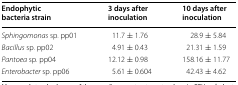
<table><thead><tr><td><b>Endophytic bacteria strain</b></td><td><b>3 days after inoculation</b></td><td><b>10 days after inoculation</b></td></tr></thead><tbody><tr><td><i>Sphingomonas</i> sp. pp01</td><td>11.7 ± 1.76</td><td>28.9 ± 5.84</td></tr><tr><td><i>Bacillus</i> sp. pp02</td><td>4.91 ± 0.43</td><td>21.31 ± 1.59</td></tr><tr><td><i>Pantoea</i> sp. pp04</td><td>12.12 ± 0.98</td><td>158.16 ± 11.77</td></tr><tr><td><i>Enterobacter</i> sp. pp06</td><td>5.61 ± 0.604</td><td>42.43 ± 4.62</td></tr></tbody></table>